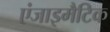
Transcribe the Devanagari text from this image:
एंजाइमैटिक